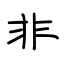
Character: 非